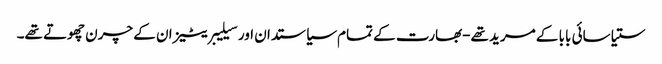
ستیا سائی بابا کے مرید تھے-بھارت کے تمام سیاستدان اور سیلیبریٹیز ان کے چرن چھوتے تھے۔